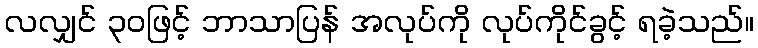
လလျှင် ၃၀ဖြင့် ဘာသာပြန် အလုပ်ကို လုပ်ကိုင်ခွင့် ရခဲ့သည်။